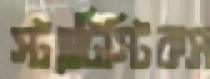
স্ট্যাটিস্টিকস